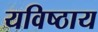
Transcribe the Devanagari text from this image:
यविष्ठाय